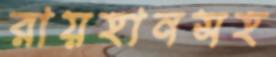
রায়হানসহ